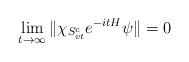
LaTeX: \begin{align*} \lim\limits_{t\rightarrow\infty}\|\chi_{S_{vt}^c}e^{-itH}\psi\|=0\end{align*}